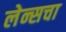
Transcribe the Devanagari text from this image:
लेन्सचा